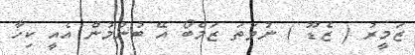
ޒަމީރު ( ޒެޑޫ ) ނުވަތަ ޒަމްބޯ އޭ ބުނުމުން އެއީ ކިހާ